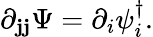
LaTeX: \partial_{\mathbf{j}\mathbf{j}}\Psi=\partial_{i}{\psi}_{i}^{\dagger}.